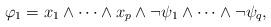
LaTeX: \begin{align*}\varphi_1 =x_{1} \land \dots \land x_{p} \land \lnot \psi_1 \land \dots \land \lnot \psi_q,\end{align*}